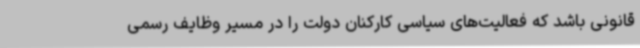
قانونی باشد که فعالیت‌های سیاسی کارکنان دولت را در مسیر وظایف رسمی